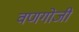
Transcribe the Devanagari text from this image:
वणगोजी